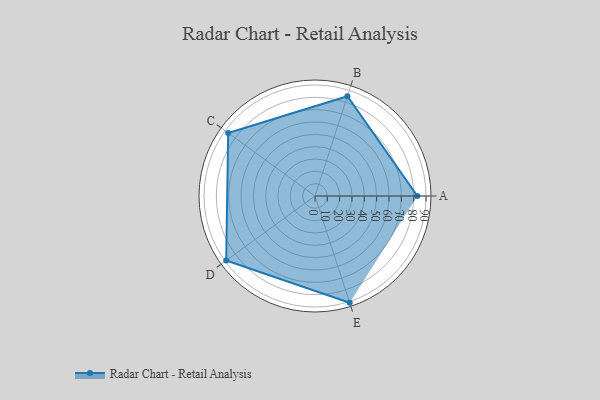
{"axis": {"x": "Skill", "y": "Score"}, "legend": ["Profile"], "data": [{"x": "A", "y": 83.0, "type": "Profile"}, {"x": "B", "y": 85.0, "type": "Profile"}, {"x": "C", "y": 87.0, "type": "Profile"}, {"x": "D", "y": 89.0, "type": "Profile"}, {"x": "E", "y": 91.0, "type": "Profile"}]}